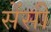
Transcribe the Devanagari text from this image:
सेंसी